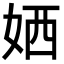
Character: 㛉